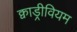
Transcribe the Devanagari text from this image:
क्वाड्रीवियम